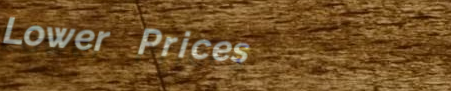
Lower Prices